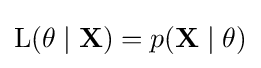
\operatorname {L} (\theta \mid \mathbf {X} )=p(\mathbf {X} \mid \theta )